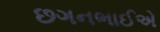
છગનભાઈએ